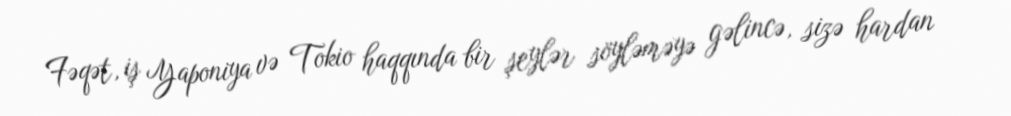
Fəqət, iş Yaponiya və Tokio haqqında bir şeylər söyləməyə gəlincə, sizə hardan